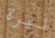
ليرة